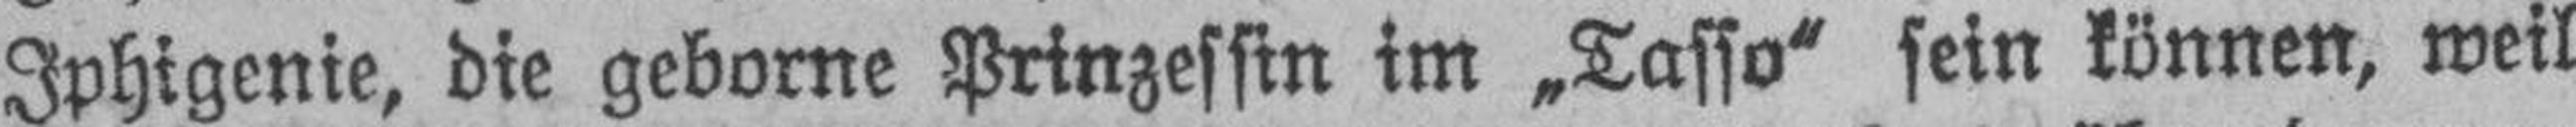
Iphigenie, die geborne Prinzessin im „Tasso“ sein können, weil